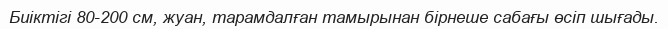
Биіктігі 80-200 см, жуан, тарамдалған тамырынан бірнеше сабағы өсіп шығады.